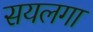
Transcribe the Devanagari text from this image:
सयलगा